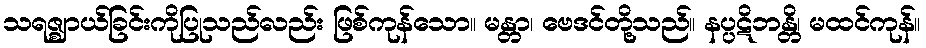
သရဇ္ဈာယ်ခြင်းကိုပြုသည်လည်း ဖြစ်ကုန်သော။ မန္တာ၊ ဗေဒင်တို့သည်။ နပ္ပဋိဘန္တိ၊ မထင်ကုန်။